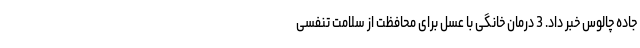
جاده چالوس خبر داد. 3 درمان خانگی با عسل برای محافظت از سلامت تنفسی